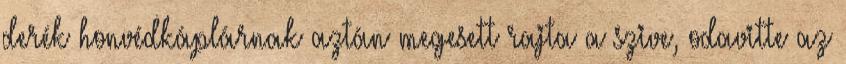
derék honvédkáplárnak aztán megesett rajta a szive, odavitte az